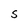
Character: S